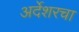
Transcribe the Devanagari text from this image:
अर्देशरचा